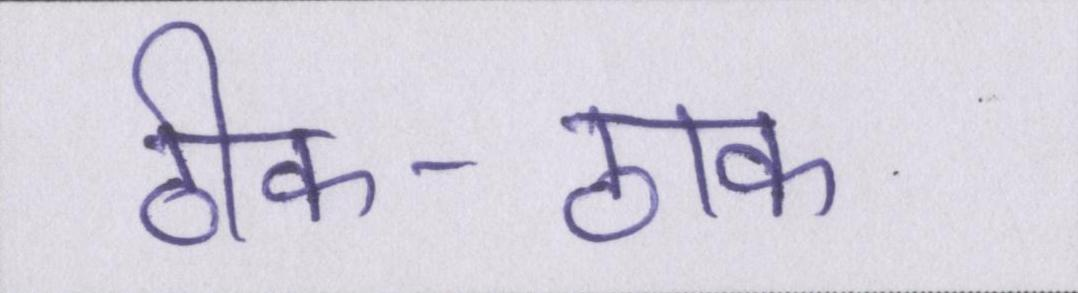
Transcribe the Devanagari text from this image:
ठीक-ठाक